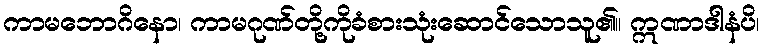
ကာမဘောဂိနော၊ ကာမဂုဏ်တို့ကိုခံစားသုံးဆောင်သောသူ၏။ ဣဏာဒါနံပိ၊